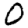
Digit: 0